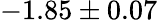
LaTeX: -1.85\pm 0.07